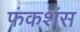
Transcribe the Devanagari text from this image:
फंकशंस